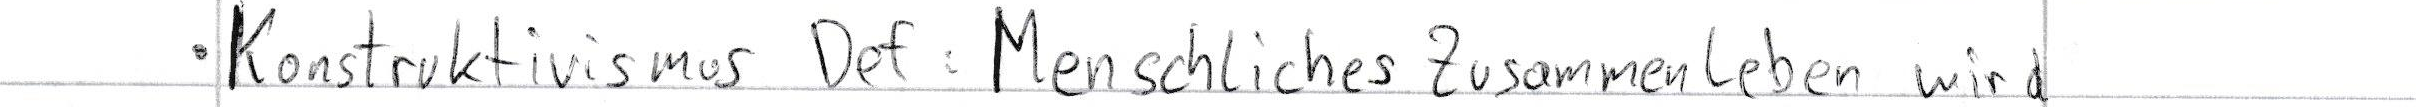
- Konstruktivismus Def: Menschliches Zusammenleben wird